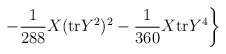
\begin{align*}\left.-\frac{1}{288}X({\rm tr}Y^{2})^2-\frac{1}{360}X{\rm tr}Y^4 \right\}\end{align*}